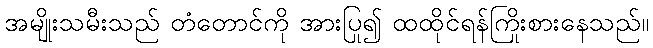
အမျိုးသမီးသည် တံတောင်ကို အားပြု၍ ထထိုင်ရန်ကြိုးစားနေသည်။